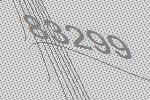
83299